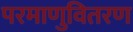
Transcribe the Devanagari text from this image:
परमाणुवितरण